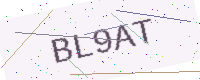
Text: BL9AT